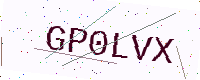
Text: GP0LVX